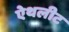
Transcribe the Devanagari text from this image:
ऐथलीट